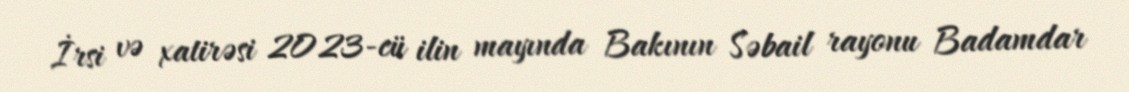
İrsi və xatirəsi 2023-cü ilin mayında Bakının Səbail rayonu Badamdar